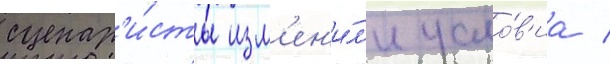
сценар'и́сты изм'ен'и́л'и усло́в'иа /